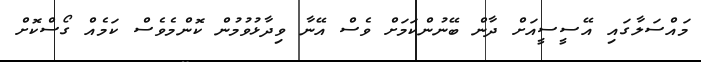
މައްސަލާގައި އޭސީސީއަށް ދާން ބޭނުންކަމަށް ވެސް އޭނާ ވިދާޅުވުމުން ކޮންމެވެސް ކަމެއް ގޯސްކޮށް